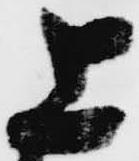
上